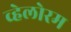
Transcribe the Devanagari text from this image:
व्हेलोरम